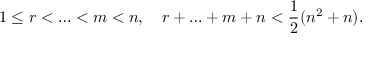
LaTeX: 1 \leq r < \ldots < m < n , \quad r + \ldots + m + n < { \frac { 1 } { 2 } } ( n ^ { 2 } + n ) .